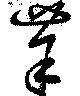
茱